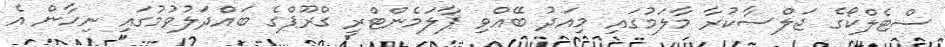
ސްޓެލްކޯގެ ޖަލްސާކުރާ މާލަމުގައި މިއަދު ބޭއްވި ޕާލަމެންޓްރީ ގްރޫޕްގެ ބައްދަލުވުމުގައި ނިހާން އެ